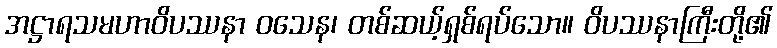
အဋ္ဌာရသမဟာဝိပဿနာ ဝသေန၊ တစ်ဆယ့်ရှစ်ရပ်သော။ ဝိပဿနာကြီးတို့၏